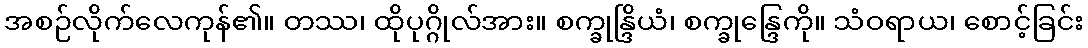
အစဉ်လိုက်လေကုန်၏။ တဿ၊ ထိုပုဂ္ဂိုလ်အား။ စက္ခုန္ဒြိယံ၊ စက္ခုန္ဒြေကို။ သံဝရာယ၊ စောင့်ခြင်း